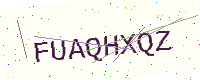
Text: FUAQHXQZ